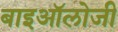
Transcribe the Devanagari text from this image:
बाइऑलोजी